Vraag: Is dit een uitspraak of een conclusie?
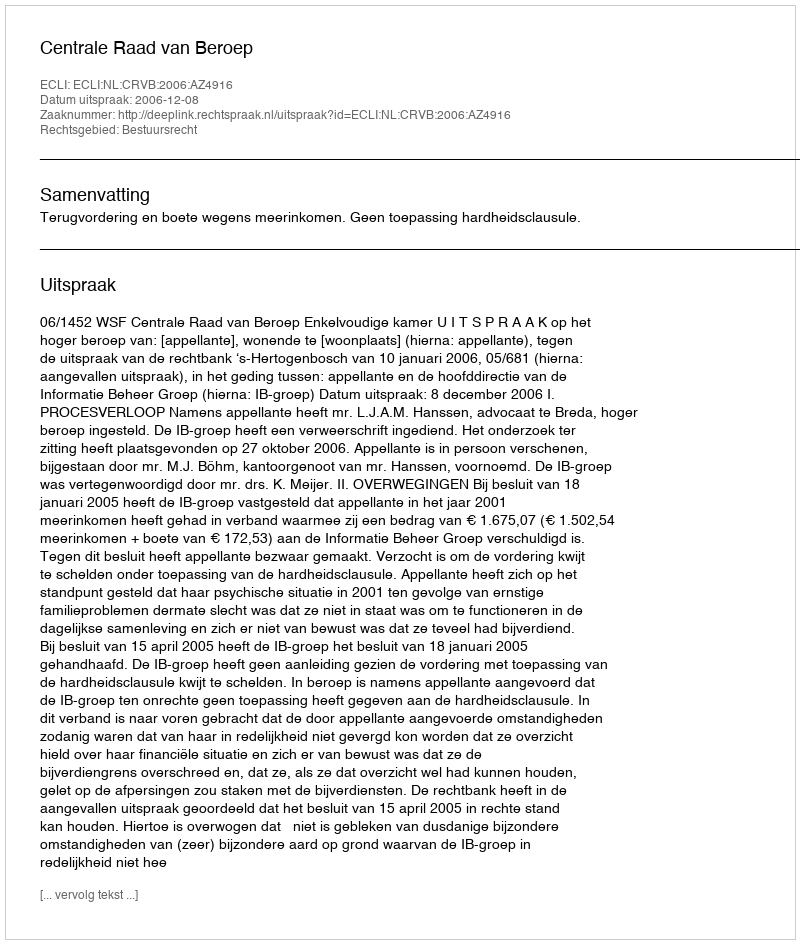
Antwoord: Uitspraak